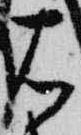
右